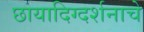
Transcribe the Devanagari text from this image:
छायादिग्दर्शनाचे